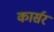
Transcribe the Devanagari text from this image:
कार्सर